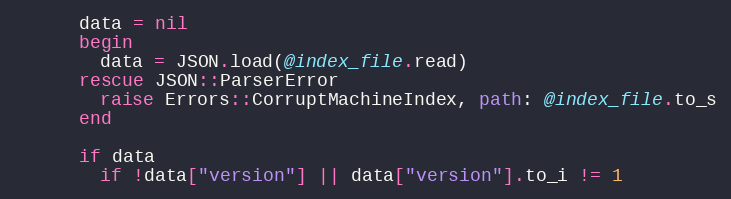
Language: Ruby
      data = nil
      begin
        data = JSON.load(@index_file.read)
      rescue JSON::ParserError
        raise Errors::CorruptMachineIndex, path: @index_file.to_s
      end

      if data
        if !data["version"] || data["version"].to_i != 1